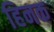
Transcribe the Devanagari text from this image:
हिनक